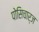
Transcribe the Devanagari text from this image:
पोसिचार्ज